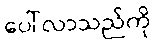
ပေါ်လာသည်ကို